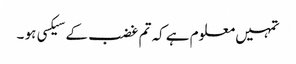
تمہیں معلوم ہے کہ تم غضب کے سیکسی ہو ۔